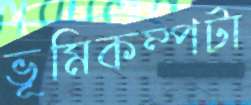
ভূমিকম্পটা